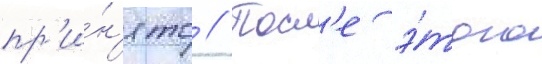
пр'и́н'ято // Посл'е э́того